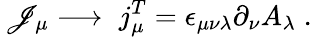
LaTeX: \, \mathscr{J}_{\mu}\longrightarrow\; j_{\mu}^{T}=\epsilon_{\mu\nu\lambda}\partial_{\nu}A_{\lambda}\; .